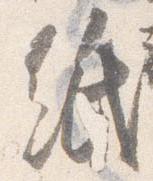
紙